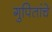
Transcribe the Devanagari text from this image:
गुपितांचे